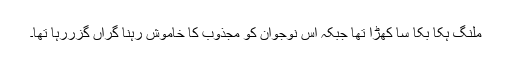
ملنگ ہکا بَکا سا کھڑا تھا جبکہ اس نوجوان کو مَجذوب کا خاموش رِہنا گِراں گزررہا تھا۔